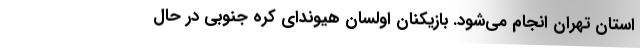
استان تهران انجام می‌شود. بازیکنان اولسان هیوندای کره جنوبی در حال